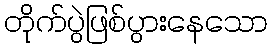
တိုက်ပွဲဖြစ်ပွားနေသော